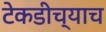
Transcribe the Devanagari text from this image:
टेकडीच्याच